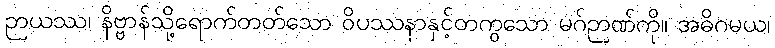
ဉာယဿ၊ နိဗ္ဗာန်သို့ရောက်တတ်သော ဝိပဿနာနှင့်တကွသော မဂ်ဉာဏ်ကို။ အဓိဂမယ၊